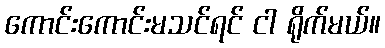
ကောင်းကောင်းမသင်ရင် ငါ ရိုက်မယ်။